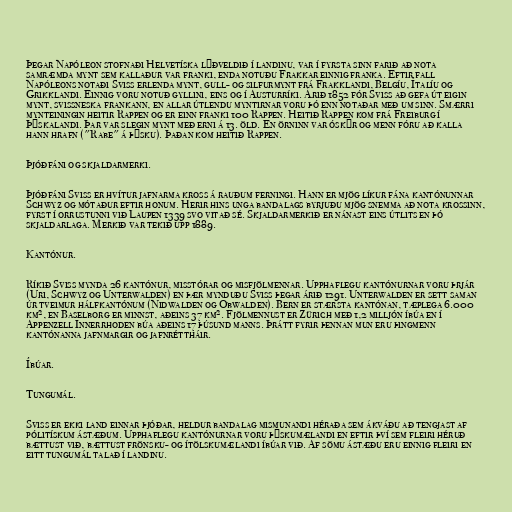
Þegar Napóleon stofnaði Helvetíska lýðveldið í landinu, var í fyrsta sinn farið að nota
samræmda mynt sem kallaður var franki, enda notuðu Frakkar einnig franka. Eftir fall
Napóleons notaði Sviss erlenda mynt, gull- og silfurmynt frá Frakklandi, Belgíu, Ítalíu og
Grikklandi. Einnig voru notuð gyllini, eins og í Austurríki. Árið 1852 fór Sviss að gefa út eigin
mynt, svissneska frankann, en allar útlendu myntirnar voru þó enn notaðar með um sinn. Smærri
mynteiningin heitir Rappen og er einn franki 100 Rappen. Heitið Rappen kom frá Freiburg í
Þýskalandi. Þar var slegin mynt með erni á 13. öld. En örninn var óskýr og menn fóru að kalla
hann hrafn ("Rabe" á þýsku). Þaðan kom heitið Rappen.

Þjóðfáni og skjaldarmerki.

Þjóðfáni Sviss er hvítur jafnarma kross á rauðum ferningi. Hann er mjög líkur fána kantónunnar
Schwyz og mótaður eftir honum. Herir hins unga bandalags byrjuðu mjög snemma að nota krossinn,
fyrst í orrustunni við Laupen 1339 svo vitað sé. Skjaldarmerkið er nánast eins útlits en þó
skjaldarlaga. Merkið var tekið upp 1889.

Kantónur.

Ríkið Sviss mynda 26 kantónur, misstórar og misfjölmennar. Upphaflegu kantónurnar voru þrjár
(Uri, Schwyz og Unterwalden) en þær mynduðu Sviss þegar árið 1291. Unterwalden er sett saman
úr tveimur hálfkantónum (Nidwalden og Obwalden). Bern er stærsta kantónan, tæplega 6.000
km², en Baselborg er minnst, aðeins 37 km². Fjölmennust er Zürich með 1,2 milljón íbúa en í
Appenzell Innerrhoden búa aðeins 17 þúsund manns. Þrátt fyrir þennan mun eru þingmenn
kantónanna jafnmargir og jafnréttháir.

Íbúar.

Tungumál.

Sviss er ekki land einnar þjóðar, heldur bandalag mismunandi héraða sem ákváðu að tengjast af
pólitískum ástæðum. Upphaflegu kantónurnar voru þýskumælandi en eftir því sem fleiri héruð
bættust við, bættust frönsku- og ítölskumælandi íbúar við. Af sömu ástæðu eru einnig fleiri en
eitt tungumál talað í landinu.